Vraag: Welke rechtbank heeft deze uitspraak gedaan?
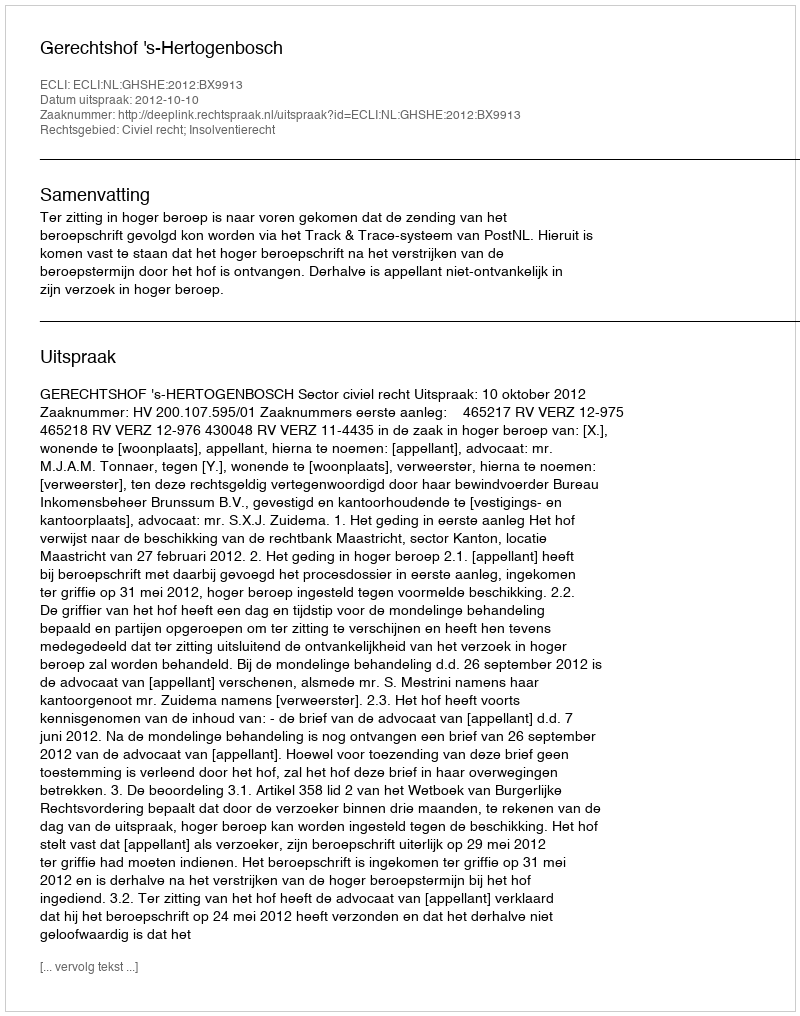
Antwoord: Gerechtshof 's-Hertogenbosch